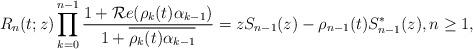
LaTeX: \begin{align*} R_n(t;z) \prod_{k=0}^{n-1} \frac{ 1 + \mathcal{R}e(\rho_{k}(t)\alpha_{k-1})}{1 + \overline{\rho_{k}(t)\alpha_{k-1}}} = zS_{n-1}(z) - \rho_{n-1}(t)S_{n-1}^{\ast}(z), n \geq 1,\end{align*}